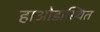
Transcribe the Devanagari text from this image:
हाओडास्थित